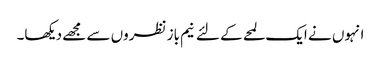
انہوں نے ایک لمحے کے لئے نیم باز نظروں سے مجھے دیکھا۔